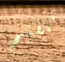
تنفتح